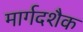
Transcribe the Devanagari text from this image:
मार्गदशैक